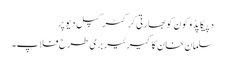
دپیکا پڈوکون کو بھارتی کرکٹر کپل دیو پر
سلمان خان کا کیرئیر بری طرح فلاپ۔